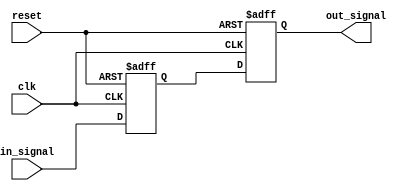
module Delay #(
    parameter DELAY_TIME = 10 // Default delay time in time units (e.g., nanoseconds)
)(
    input wire clk,           // Clock input for synchronization
    input wire reset,         // Reset signal
    input wire in_signal,     // Input signal to be delayed
    output reg out_signal     // Output signal reflecting the delayed input
);

    // Internal variable to track the current input state
    reg current_signal;

    // Always block to capture input signal changes
    always @(posedge clk or posedge reset) begin
        if (reset) begin
            out_signal <= 0;      // Reset output signal
            current_signal <= 0;  // Reset current signal
        end else begin
            current_signal <= in_signal; // Capture the input signal
            // Introduce a delay using a non-blocking assignment
            #DELAY_TIME out_signal <= current_signal; // Delay the output update
        end
    end

endmodule